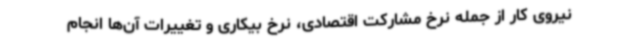
نیروی کار از جمله نرخ مشارکت اقتصادی، نرخ بیکاری و تغییرات آن‌ها انجام